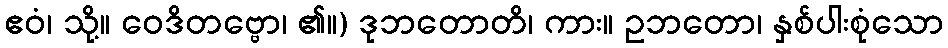
ဧဝံ၊ သို့။ ဝေဒိတဗ္ဗော၊ ၏။) ဒုဘတောတိ၊ ကား။ ဥဘတော၊ နှစ်ပါးစုံသော